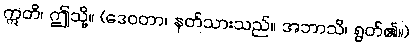
ဣတိ၊ ဤသို့။ (ဒေဝတာ၊ နတ်သားသည်။ အဘာသိ၊ ရွတ်၏။)